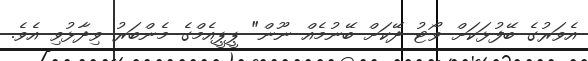
އެވަރުގެ ބޭފުޅަކަށް ވޯޓު ދޭކަށް ބޭނުމެއް ނޫން" ޕީޕީއެމްގެ މެންބަރު ވިދާޅުވި އެވެ.